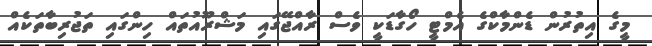
މީގެ އިތުރުން ޑެންމާކްގެ އެމްޓީ ހޯގާޑަކީ ވެސް ރާއްޖޭގައި މަޝްރޫއުތައް ހިންގައި ތަޖުރިބާތަކެއް